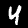
Label: 4